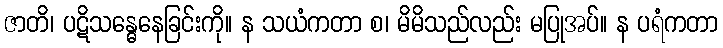
ဇာတိ၊ ပဋိသန္ဓေနေခြင်းကို။ န သယံကတာ စ၊ မိမိသည်လည်း မပြုအပ်။ န ပရံကတာ